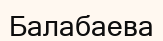
Балабаева